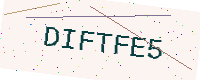
Text: DIFTFE5